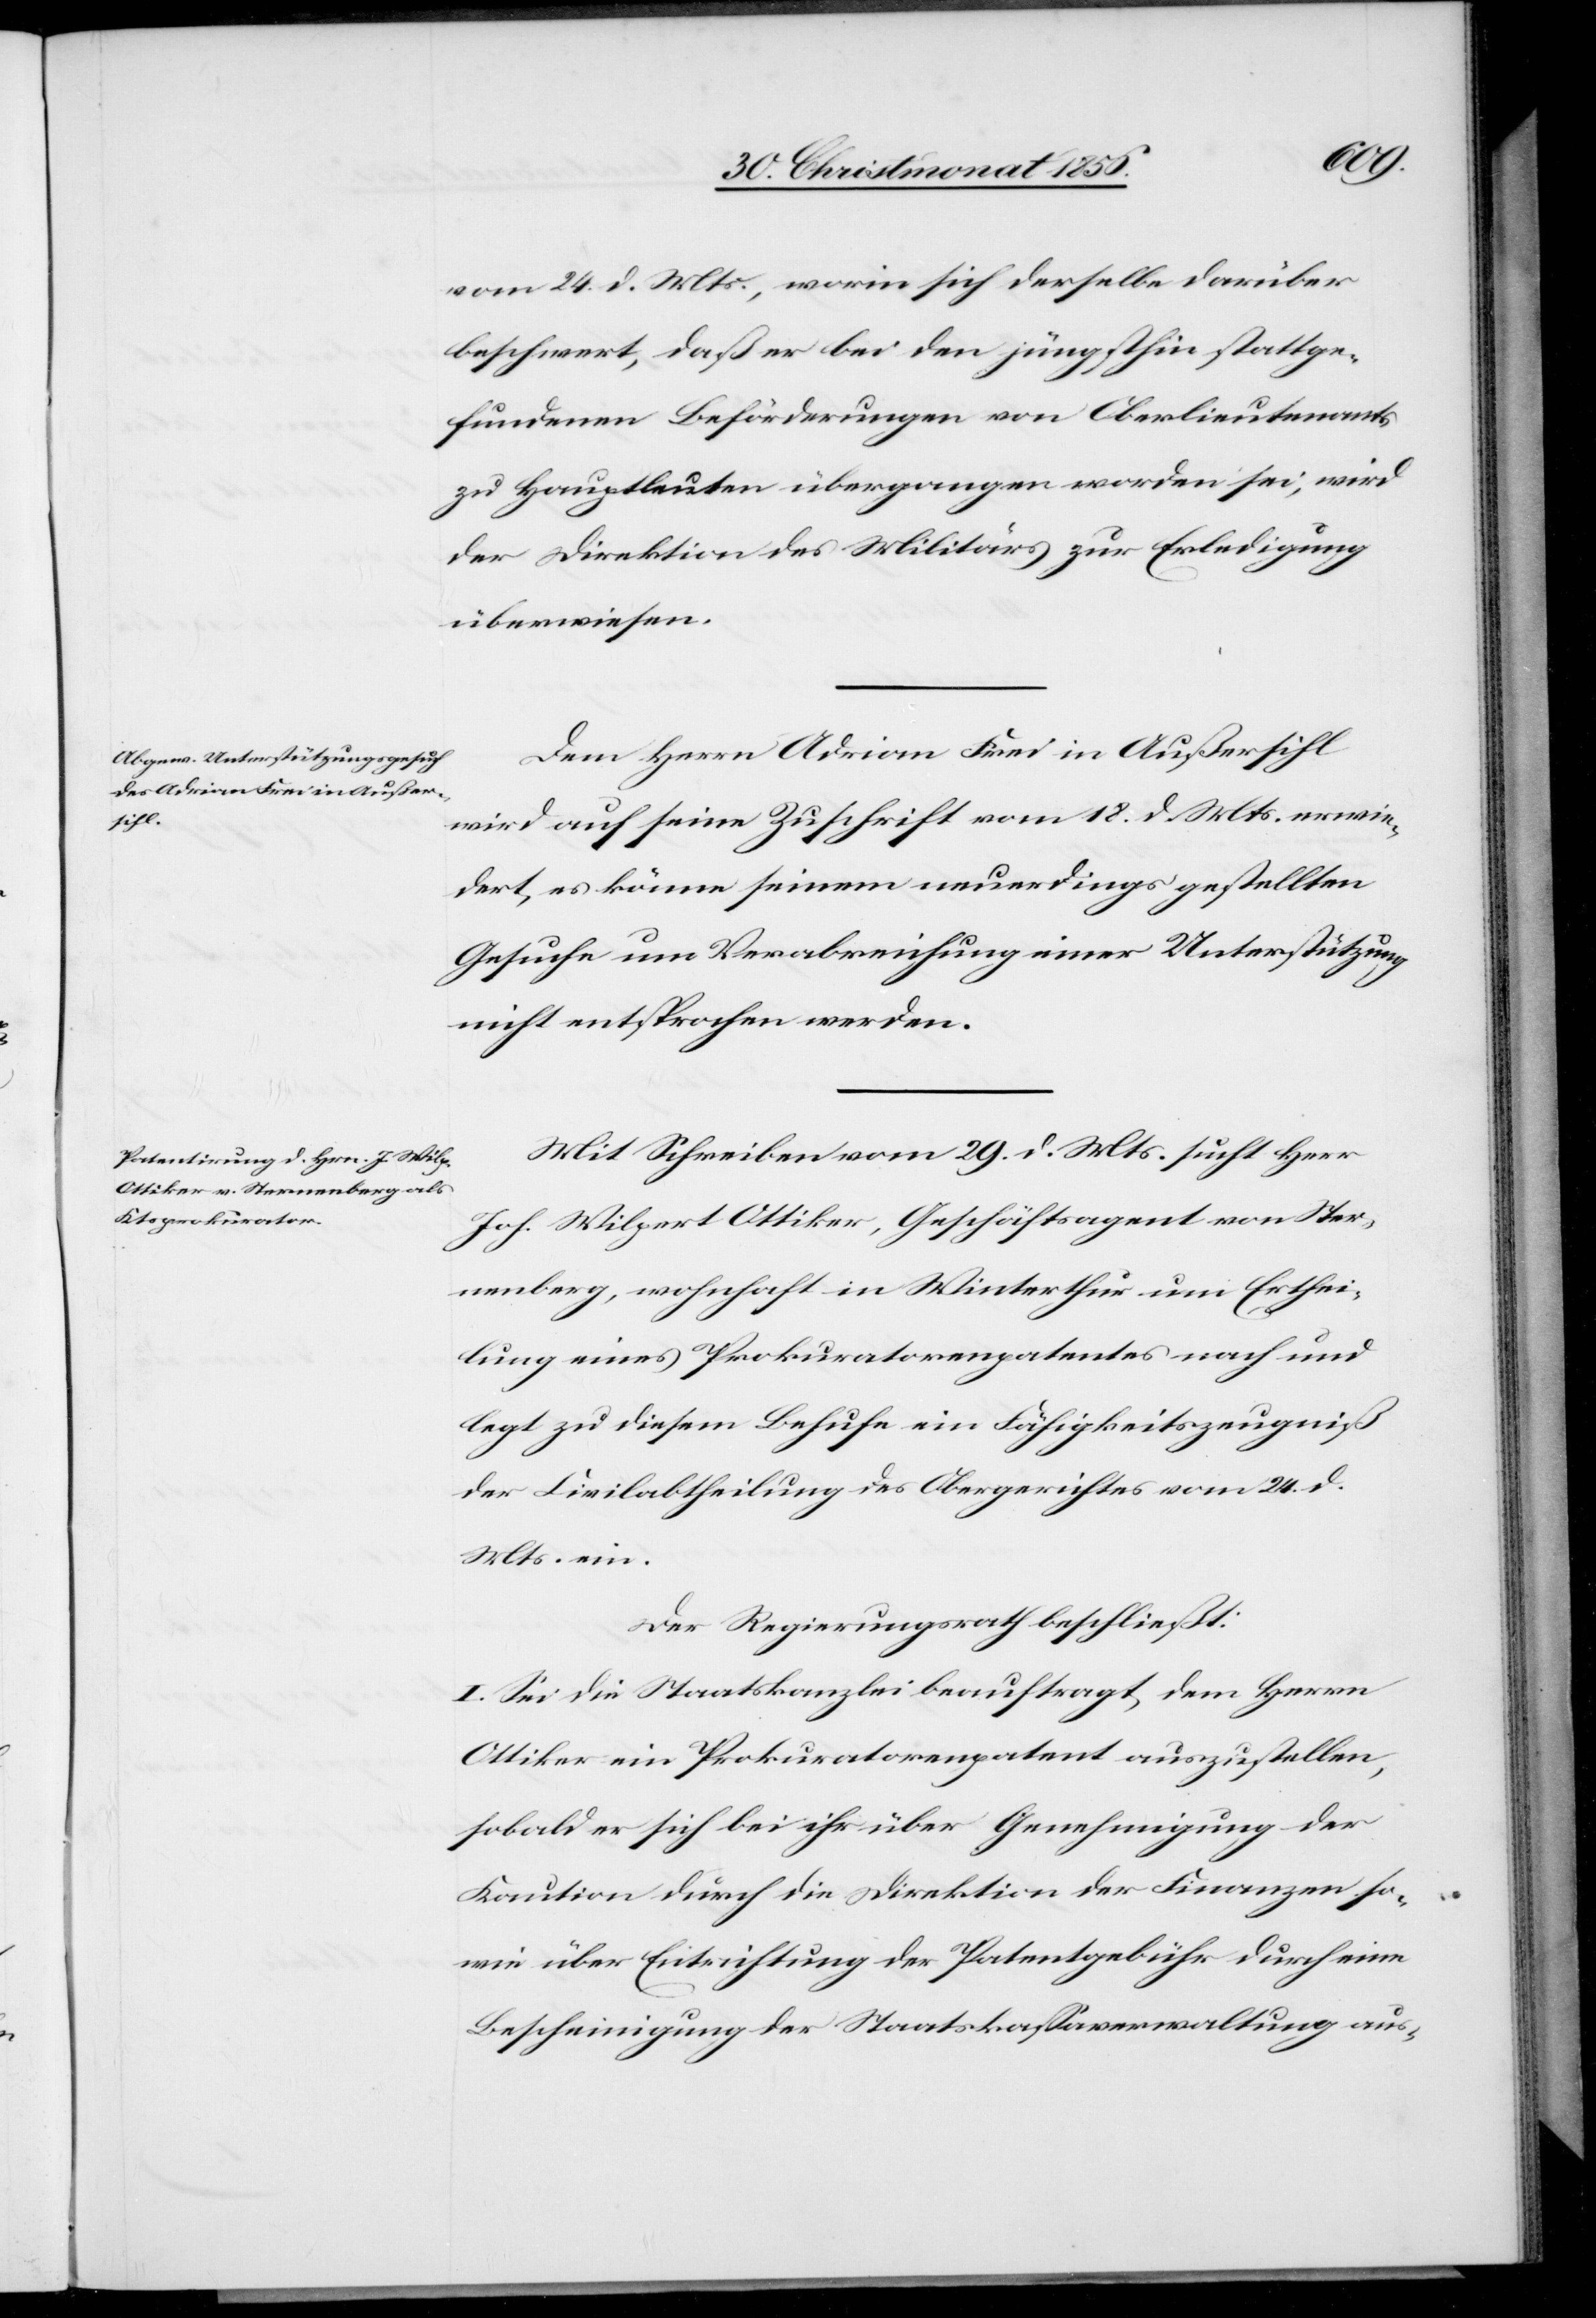
vom 24. d. Mts., worin sich derselbe darüber
beschwert, daß er bei den jüngsthin stattge¬
fundenen Beförderungen von Oberlieutenants
zu Hauptleuten übergangen worden sei, wird
der Direktion des Militärs zur Erledigung
überwiesen.
Dem Herrn Adrian Frei in Außersihl
wird auf seine Zuschrift vom 18. d. Mts. erwie¬
dert, es könne seinem neuerdings gestellten
Gesuche um Verabreichung einer Unterstützung
nicht entsprochen werden.
Mit Schreiben vom 29. d. Mts. sucht Herr
Joh. Wilpert Ottiker, Geschäftsagent von Ster¬
nenberg, wohnhaft in Winterthur um Erthei¬
lung eines Prokuratorenpatentes nach und
legt zu diesem Behufe ein Fähigkeitszeugniß
der Civilabtheilung des Obergerichtes vom 24. d.
Mts. ein.
Der Regierungsrath beschließt:
I. Sei die Staatskanzlei beauftragt, dem Herrn
Ottiker ein Prokuratorenpatent auszustellen,
sobald er sich bei ihr über Genehmigung der
Kaution durch die Direktion der Finanzen so¬
wie über Entrichtung der Patentgebühr durch eine
Bescheinigung der Staatskassaverwaltung aus-